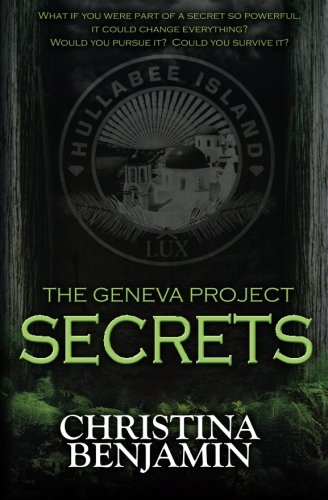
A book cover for The Geneva Project - Secrets (Volume 2); Christina Benjamin; Science Fiction & Fantasy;